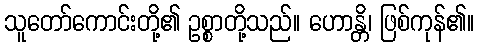
သူတော်ကောင်းတို့၏ ဥစ္စာတို့သည်။ ဟောန္တိ၊ ဖြစ်ကုန်၏။